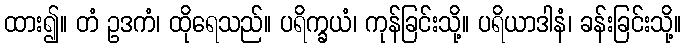
ထား၍။ တံ ဥဒကံ၊ ထိုရေသည်။ ပရိက္ခယံ၊ ကုန်ခြင်းသို့။ ပရိယာဒါနံ၊ ခန်းခြင်းသို့။